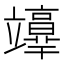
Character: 𥫉